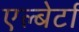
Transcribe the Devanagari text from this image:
एल्बेर्टा